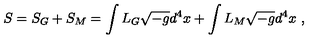
S = S _ { G } + S _ { M } = \int L _ { G } \sqrt { - g } d ^ { 4 } x + \int L _ { M } \sqrt { - g } d ^ { 4 } x \ ,